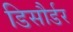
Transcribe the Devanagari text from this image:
डिसौर्डर